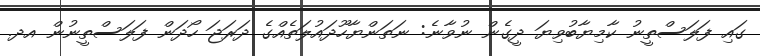
ގައި ފަލަސްތީނު ކާމިޔާބުވިޔަ ދީގެން ނުވާނެ: ނަތަންޔާހޫދައުލަތެއްގެ ދަރަޖަ ހޯދަން ފަލަސްތީނުން އދ.